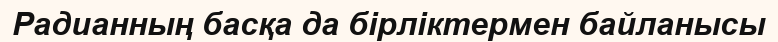
Радианның басқа да бірліктермен байланысы